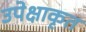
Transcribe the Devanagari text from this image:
उपेक्षाकृत